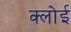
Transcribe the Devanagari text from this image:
क्लोई